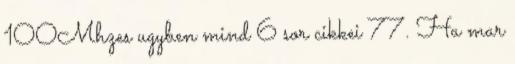
100Mhzes ugyben mind 6 sor cikkei 77. Ha mar